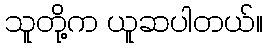
သူတို့က ယူဆပါတယ်။